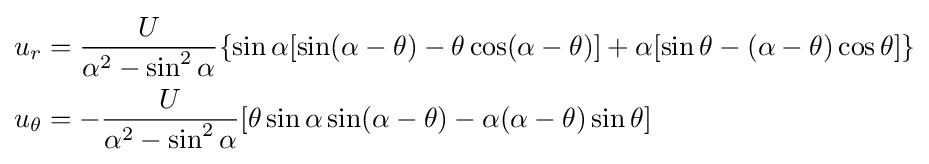
{\begin{aligned}u_{r}&={\frac {U}{\alpha ^{2}-\sin ^{2}\alpha }}\{\sin \alpha [\sin(\alpha -\theta )-\theta \cos(\alpha -\theta )]+\alpha [\sin \theta -(\alpha -\theta )\cos \theta ]\}\\u_{\theta }&=-{\frac {U}{\alpha ^{2}-\sin ^{2}\alpha }}[\theta \sin \alpha \sin(\alpha -\theta )-\alpha (\alpha -\theta )\sin \theta ]\end{aligned}}